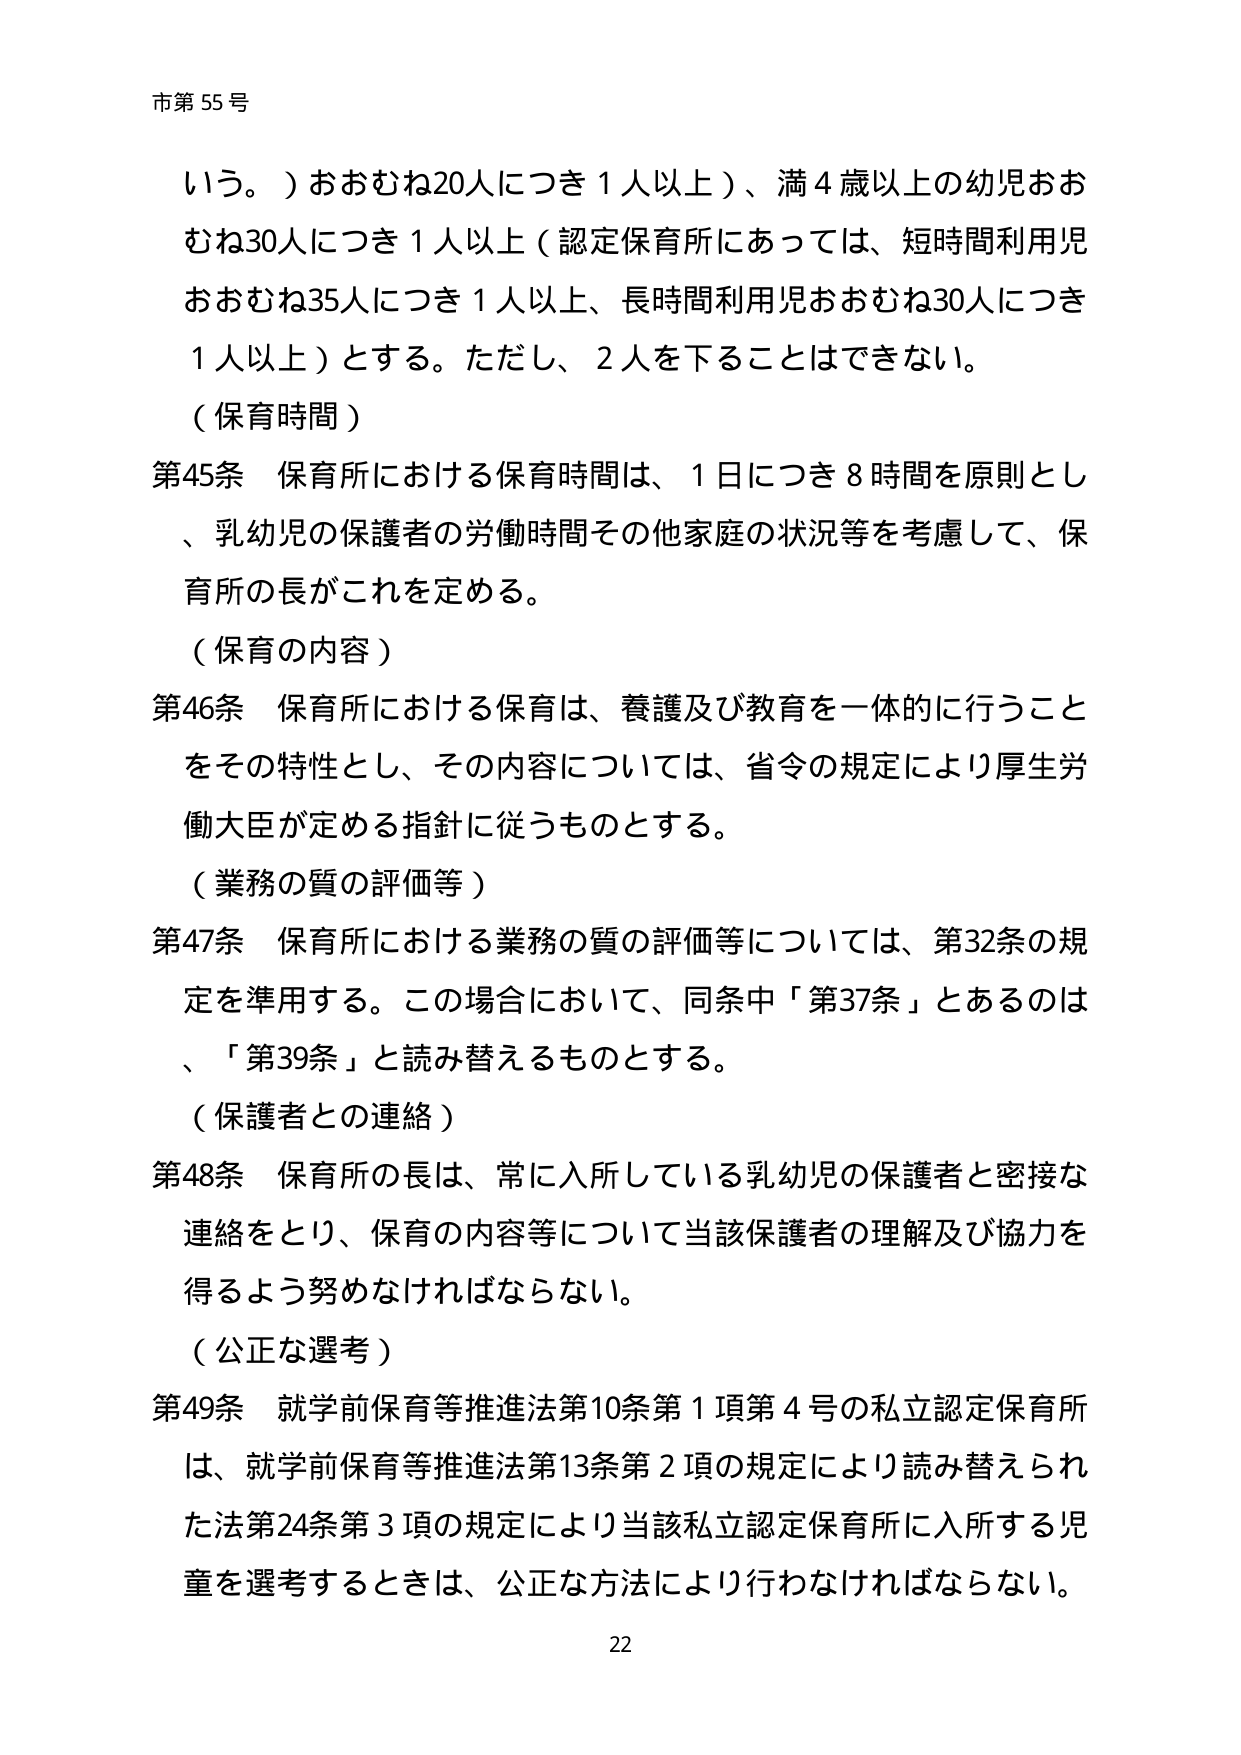
市第55号

いう。）おおむね20人につき1人以上）、満4歳以上の幼児おおむね30人につき1人以上（認定保育所にあっては、短時間利用児おおむね35人につき1人以上、長時間利用児おおむね30人につき1人以上）とする。ただし、2人を下ることはできない。

（保育時間）

第45条 保育所における保育時間は、1日につき8時間を原則とし、乳幼児の保護者の労働時間その他家庭の状況等を考慮して、保育所の長がこれを定める。

（保育の内容）

第46条 保育所における保育は、養護及び教育を一体的に行うことをその特性とし、その内容については、省令の規定により厚生労働大臣が定める指針に従うものとする。

（業務の質の評価等）

第47条 保育所における業務の質の評価等については、第32条の規定を準用する。この場合において、同条中「第37条」とあるのは、「第39条」と読み替えるものとする。

（保護者との連絡）

第48条 保育所の長は、常に入所している乳幼児の保護者と密接な連絡をとり、保育の内容等について当該保護者の理解及び協力を得るよう努めなければならない。

（公正な選考）

第49条 就学前保育等推進法第10条第1項第4号の私立認定保育所は、就学前保育等推進法第13条第2項の規定により読み替えられた法第24条第3項の規定により当該私立認定保育所に入所する児童を選考するときは、公正な方法により行わなければならない。

22